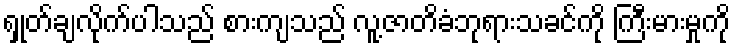
ရှုတ်ချလိုက်ပါသည် စားကျသည် လူ့ဇာတိခံဘုရားသခင်ကို ကြီးမားမှုကို